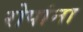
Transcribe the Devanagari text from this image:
रोपांना